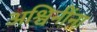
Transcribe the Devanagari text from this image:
अश्विनींना